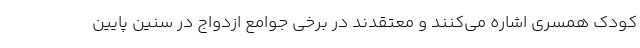
کودک همسری اشاره می‌کنند و معتقدند در برخی جوامع ازدواج در سنین پایین